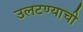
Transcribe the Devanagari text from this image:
उलटण्याची